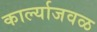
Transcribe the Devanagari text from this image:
कार्ल्याजवळ